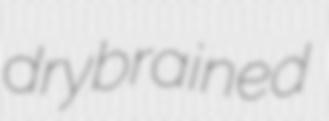
drybrained